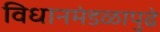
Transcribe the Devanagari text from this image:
विधानमंडळापुढे